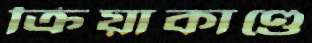
ক্রিয়াকাণ্ডে